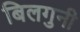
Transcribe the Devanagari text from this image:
बिलगुनी